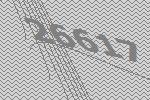
26617